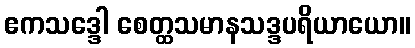
ဧကသဒ္ဒေါ စေတ္ထသမာနသဒ္ဒပရိယာယော။